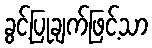
ခွင့်ပြုချက်ဖြင့်သာ